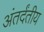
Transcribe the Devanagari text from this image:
अंतर्दंतीय